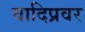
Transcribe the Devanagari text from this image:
वादिप्रवर